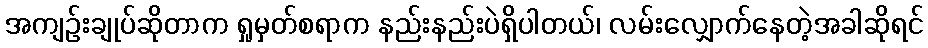
အကျဉ်းချုပ်ဆိုတာက ရှုမှတ်စရာက နည်းနည်းပဲရှိပါတယ်၊ လမ်းလျှောက်နေတဲ့အခါဆိုရင်